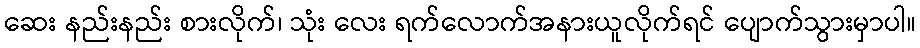
ဆေး နည်းနည်း စားလိုက်၊ သုံး လေး ရက်လောက်အနားယူလိုက်ရင် ပျောက်သွားမှာပါ။